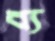
ব্য